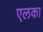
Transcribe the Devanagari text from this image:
एलका